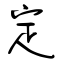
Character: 定